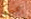
يكسب